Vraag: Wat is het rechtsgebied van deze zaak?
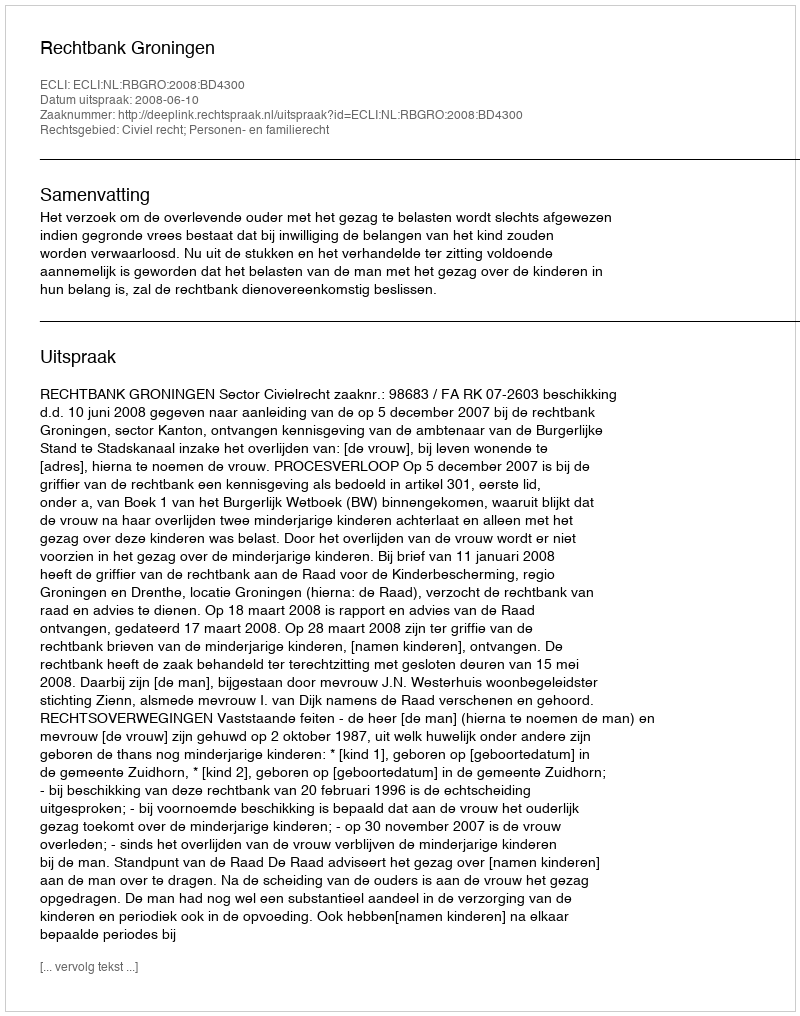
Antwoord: Civiel recht; Personen- en familierecht